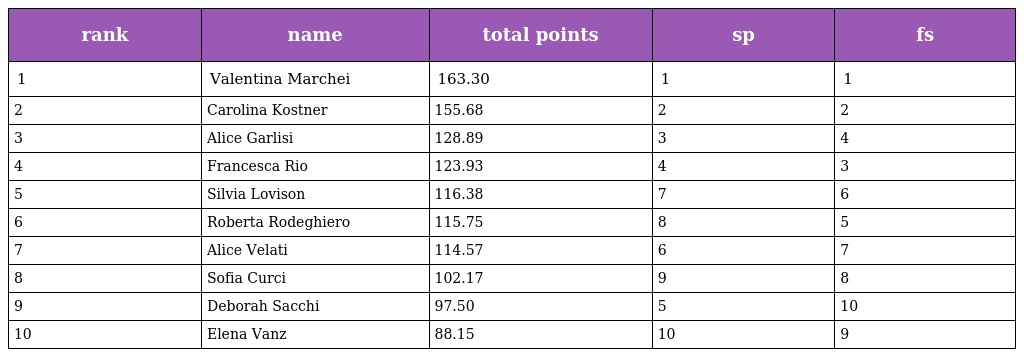
| rank | name | total points | sp | fs |
 | --- | --- | --- | --- | --- |
 | 1 | Valentina Marchei | 163.30 | 1 | 1 |
 | 2 | Carolina Kostner | 155.68 | 2 | 2 |
 | 3 | Alice Garlisi | 128.89 | 3 | 4 |
 | 4 | Francesca Rio | 123.93 | 4 | 3 |
 | 5 | Silvia Lovison | 116.38 | 7 | 6 |
 | 6 | Roberta Rodeghiero | 115.75 | 8 | 5 |
 | 7 | Alice Velati | 114.57 | 6 | 7 |
 | 8 | Sofia Curci | 102.17 | 9 | 8 |
 | 9 | Deborah Sacchi | 97.50 | 5 | 10 |
 | 10 | Elena Vanz | 88.15 | 10 | 9 |